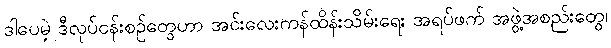
ဒါပေမဲ့ ဒီလုပ်ငန်းစဉ်တွေဟာ အင်းလေးကန်ထိန်းသိမ်းရေး အရပ်ဖက် အဖွဲ့အစည်းတွေ၊